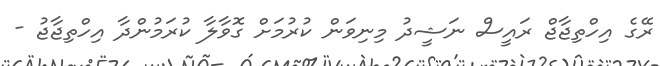
ރޭގެ އިހްތިޖާޖް ރައީސް ނަޝީދު މިނިވަން ކުރުމަށް ގޮވާލާ ކުރަމުންދާ އިހްތިޖާޖު -